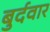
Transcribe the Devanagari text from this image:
बुर्दवार